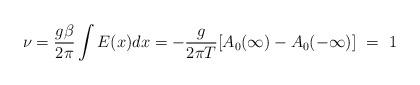
LaTeX: \begin{align*}\nu = \frac{g\beta}{2\pi}\int E(x) dx = -\frac{g}{2\pi T}[A_0(\infty)-A_0(-\infty)] \ =~1\end{align*}